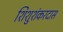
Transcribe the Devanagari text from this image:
शिशुशंकरदास